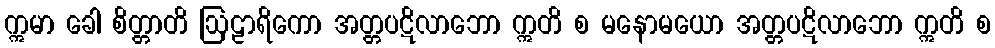
ဣမာ ခေါ စိတ္တာတိ ဩဠာရိကော အတ္တပဋိလာဘော ဣတိ စ မနောမယော အတ္တပဋိလာဘော ဣတိ စ